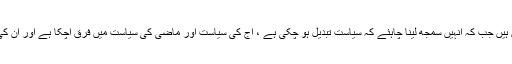
وہ ابھی تک 90کی دہائی کی سیاست میں ہیں جب کہ انہیں سمجھ لینا چاہئے کہ سیاست تبدیل ہو چکی ہے ، آج کی سیاست اور ماضی کی سیاست میں فرق آچکا ہے اور ان کی سیاست ایک دھبے سے زیادہ کچھ نہیں۔